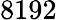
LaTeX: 8192